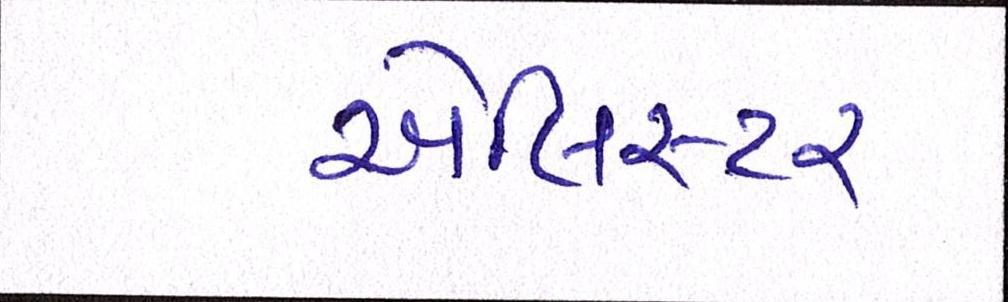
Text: એલિસ્ટર